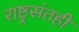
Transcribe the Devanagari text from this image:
राष्ट्रसंतही